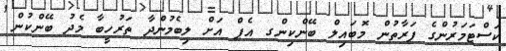
ކަސްޓަމަރުންގެ ފަރާތުން މޮބައިލް ބޭންކިންގ އެޕް އަށް ލިބެމުންދާ ތަރުހީބާ މެދު ބޭންކުން